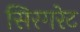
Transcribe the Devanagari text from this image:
सिरगरेट